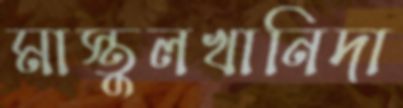
মাস্তুলখানিদা